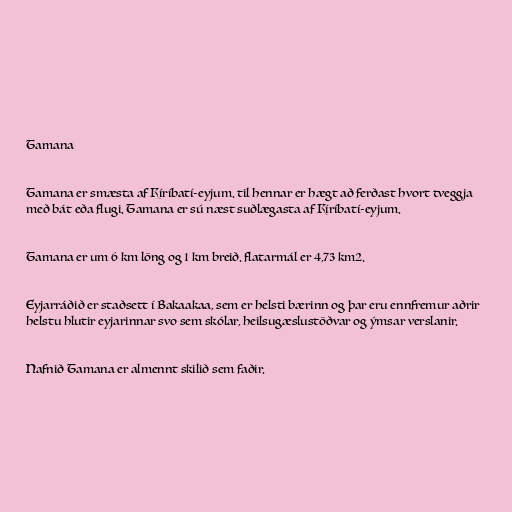
Tamana

Tamana er smæsta af Kíríbatí-eyjum. til hennar er hægt að ferðast hvort tveggja
með bát eða flugi. Tamana er sú næst suðlægasta af Kíríbatí-eyjum.

Tamana er um 6 km löng og 1 km breið. flatarmál er 4,73 km2.

Eyjarráðið er staðsett í Bakaakaa, sem er helsti bærinn og þar eru ennfremur aðrir
helstu hlutir eyjarinnar svo sem skólar, heilsugæslustöðvar og ýmsar verslanir.

Nafnið Tamana er almennt skilið sem faðir.